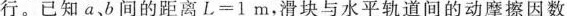
行。已知ab间的距离L=1m，滑块与水平轨道间的动摩擦因数